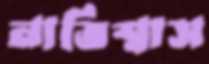
নাভিশ্বাস